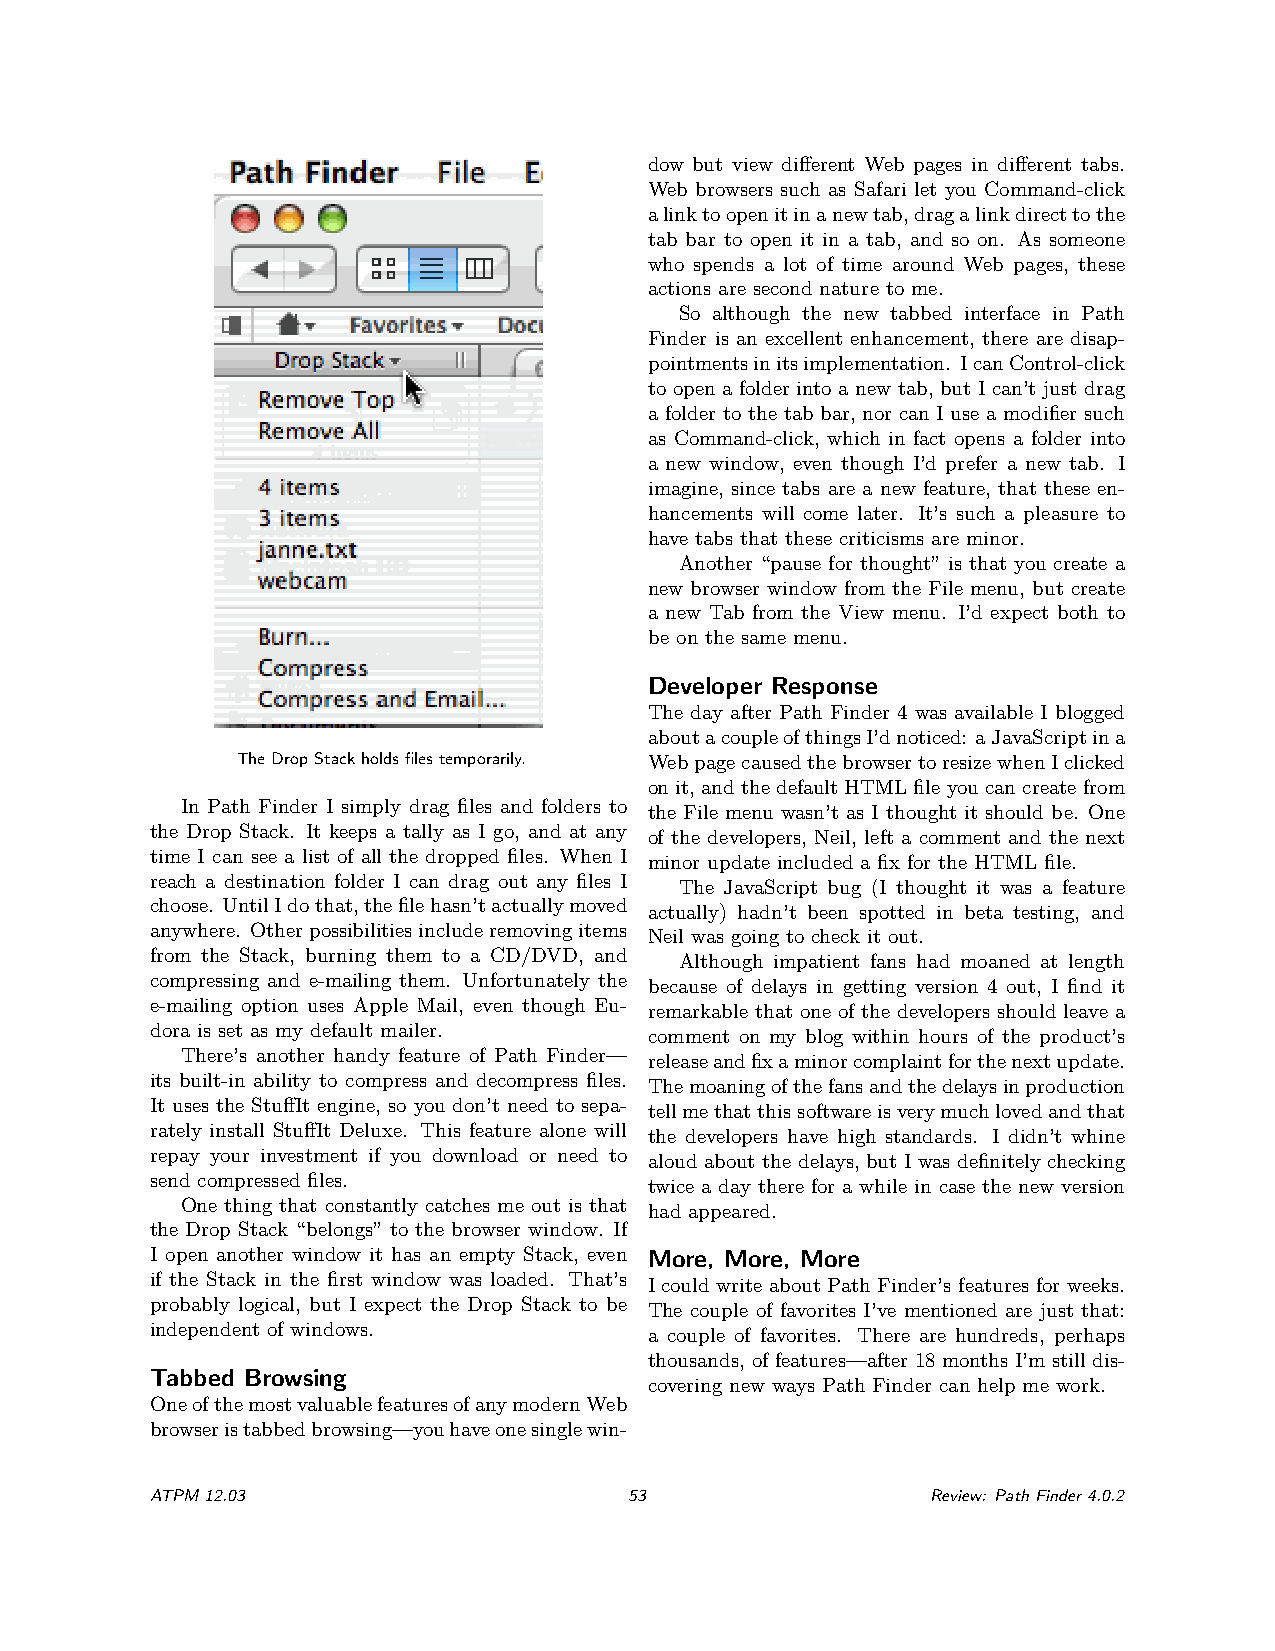
dow but view different Web pages in different tabs.
 Web browsers such as Safari let you Command-click
 alinktoopenitinanewtab,dragalinkdirecttothe
 tab bar to open it in a tab, and so on. As someone
 who spends a lot of time around Web pages, these
 actions are second nature to me.
 So although the new tabbed interface in Path
 Finder is an excellent enhancement, there are disap-
 pointmentsinitsimplementation. IcanControl-click
 to open a folder into a new tab, but I can’t just drag
 a folder to the tab bar, nor can I use a modifier such
 as Command-click, which in fact opens a folder into
 a new window, even though I’d prefer a new tab. I
 imagine, since tabs are a new feature, that these en-
 hancements will come later. It’s such a pleasure to
 have tabs that these criticisms are minor.
 Another “pause for thought” is that you create a
 new browser window from the File menu, but create
 a new Tab from the View menu. I’d expect both to
 be on the same menu.
 Developer Response
 The day after Path Finder 4 was available I blogged
 aboutacoupleofthingsI’dnoticed: aJavaScriptina
 TheDropStackholdsfilestemporarily. WebpagecausedthebrowsertoresizewhenIclicked
 onit, andthedefaultHTMLfileyoucancreatefrom
 In Path Finder I simply drag files and folders to the File menu wasn’t as I thought it should be. One
 the Drop Stack. It keeps a tally as I go, and at any of the developers, Neil, left a comment and the next
 time I can see a list of all the dropped files. When I minor update included a fix for the HTML file.
 reach a destination folder I can drag out any files I The JavaScript bug (I thought it was a feature
 choose. UntilIdothat,thefilehasn’tactuallymoved actually) hadn’t been spotted in beta testing, and
 anywhere. Otherpossibilitiesincluderemovingitems Neil was going to check it out.
 from the Stack, burning them to a CD/DVD, and Although impatient fans had moaned at length
 compressing and e-mailing them. Unfortunately the because of delays in getting version 4 out, I find it
 e-mailing option uses Apple Mail, even though Eu- remarkable that one of the developers should leave a
 dora is set as my default mailer. comment on my blog within hours of the product’s
 There’s another handy feature of Path Finder— releaseandfixaminorcomplaintforthenextupdate.
 its built-in ability to compress and decompress files. Themoaningofthefansandthedelaysinproduction
 It uses the StuffIt engine, so you don’t need to sepa- tellmethatthissoftwareisverymuchlovedandthat
 rately install StuffIt Deluxe. This feature alone will the developers have high standards. I didn’t whine
 repay your investment if you download or need to aloud about the delays, but I was definitely checking
 send compressed files.           twice a day there for a while in case the new version
 One thing that constantly catches me out is that had appeared.
 the Drop Stack “belongs” to the browser window. If
 I open another window it has an empty Stack, even More, More, More
 if the Stack in the first window was loaded. That’s I could write about Path Finder’s features for weeks.
 probably logical, but I expect the Drop Stack to be The couple of favorites I’ve mentioned are just that:
 independent of windows.          a couple of favorites. There are hundreds, perhaps
 thousands, of features—after 18 months I’m still dis-
 Tabbed Browsing
 covering new ways Path Finder can help me work.
 OneofthemostvaluablefeaturesofanymodernWeb
 browseristabbedbrowsing—youhaveonesinglewin-
 ATPM12.03                       53                  Review: PathFinder4.0.2